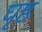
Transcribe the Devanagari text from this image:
घृष्ठ